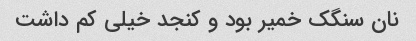
نان سنگک خمیر بود و کنجد خیلی کم داشت